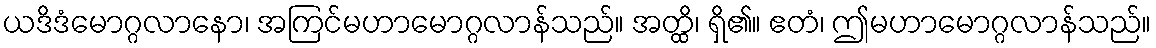
ယဒိဒံမောဂ္ဂလာနော၊ အကြင်မဟာမောဂ္ဂလာန်သည်။ အတ္ထိ၊ ရှိ၏။ ဧတံ၊ ဤမဟာမောဂ္ဂလာန်သည်။